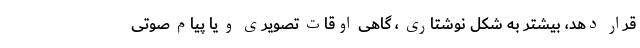
قرار دهد، بیشتر به شکل نوشتاری ، گاهی اوقات تصویری و یا پیام صوتی